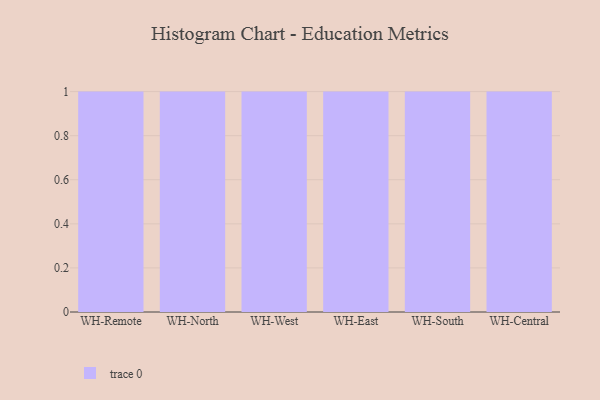
{"axis": {"x": "Warehouse", "y": "Website Visitors"}, "legend": [""], "data": [{"x": "WH-Remote", "y": 16, "type": ""}, {"x": "WH-North", "y": 87, "type": ""}, {"x": "WH-West", "y": 86, "type": ""}, {"x": "WH-East", "y": 84, "type": ""}, {"x": "WH-South", "y": 93, "type": ""}, {"x": "WH-Central", "y": 77, "type": ""}]}